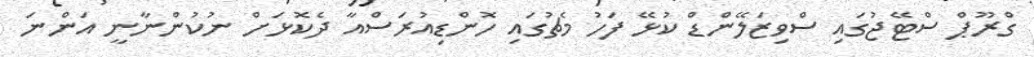
ގްރޫޕް ސްޓޭޖުގައި ސްވިޒަލޭންޑް ކުޅޭ ފަހު މެޗުގައި ހޮންޑިއުރަސްއާ ދެކޮޅަށް ނުކުންނާނީ އަންނަ